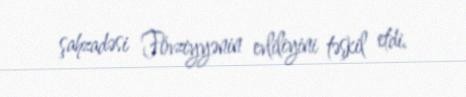
şahzadəsi Fövziyyənin evliliyini təşkil etdi.